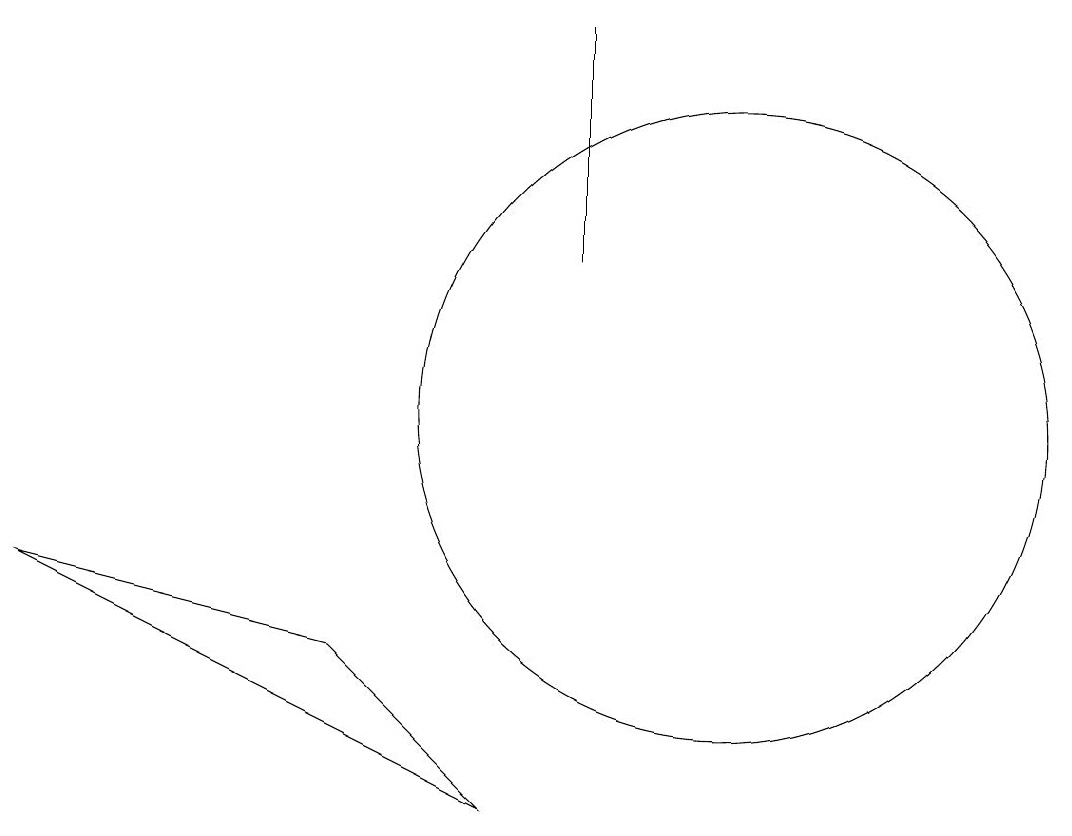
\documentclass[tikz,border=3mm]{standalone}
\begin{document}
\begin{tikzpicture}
\draw (10,10) circle (4);
\draw (10,10) circle (0);
\draw (1,8) -- (7,5) -- (5,7) -- cycle;
\draw (8,15) rectangle (8,12);
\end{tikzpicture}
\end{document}